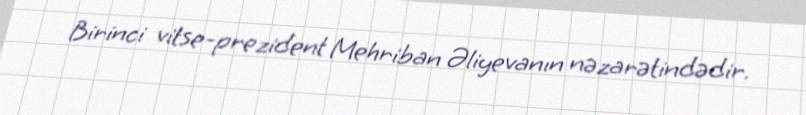
Birinci vitse-prezident Mehriban Əliyevanın nəzarətindədir.